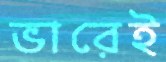
ভারেই